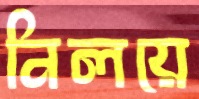
নিলয়ে